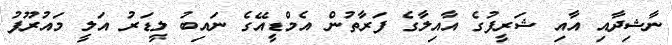
ނާޝިދާއި އާއި ޝަރީފުގެ އާއިލާގެ ފަރާތުން އެމްޑީއޭގެ ނައިބު ލީޑަރު އަލީ މައުރޫފު